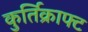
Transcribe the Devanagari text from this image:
कुर्तिक्राफ्ट